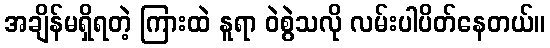
အချိန်မရှိရတဲ့ ကြားထဲ နူရာ ဝဲစွဲသလို လမ်းပါပိတ်နေတယ်။